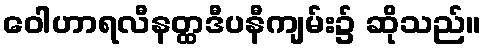
ဝေါဟာရလီနတ္ထဒီပနီကျမ်း၌ ဆိုသည်။